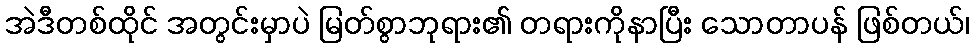
အဲဒီတစ်ထိုင် အတွင်းမှာပဲ မြတ်စွာဘုရား၏ တရားကိုနာပြီး သောတာပန် ဖြစ်တယ်၊